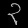
Digit: ၃